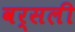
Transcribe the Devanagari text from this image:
वर्सली